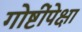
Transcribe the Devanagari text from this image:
गोष्टींपेक्षा